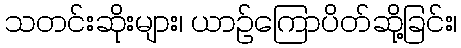
သတင်းဆိုးများ၊ ယာဉ်ကြောပိတ်ဆို့ခြင်း၊